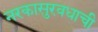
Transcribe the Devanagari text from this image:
नरकासुरवधाची